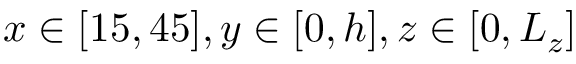
x \in [ 1 5 , 4 5 ] , y \in [ 0 , h ] , z \in [ 0 , L _ { z } ]